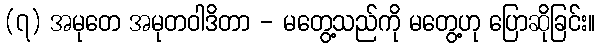
(၇) အမုတေ အမုတဝါဒိတာ - မတွေ့သည်ကို မတွေ့ဟု ပြောဆိုခြင်း။